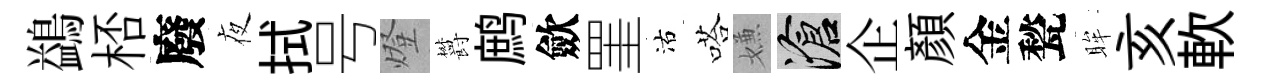
鷁桮廢夜拭号燈欝鹧歛罣沽嗒嫌滄企顔金甃眸亥軟